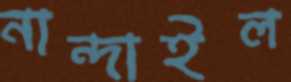
নান্দাইল